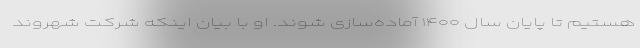
هستیم تا پایان سال ۱۴۰۰ آماده‌سازی شوند. او با بیان اینکه شرکت شهروند